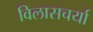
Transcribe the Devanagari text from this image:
विलासचर्या